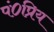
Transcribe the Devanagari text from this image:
पं०प्रिय